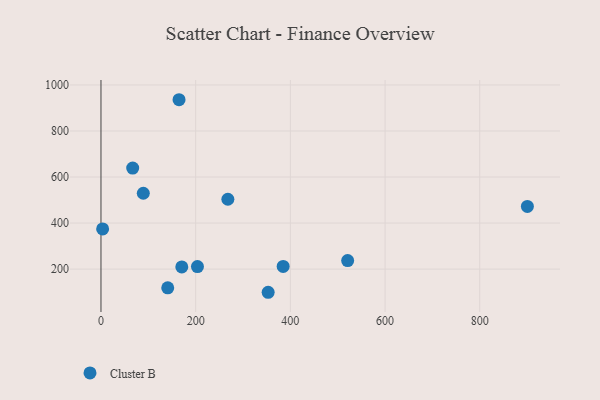
{"axis": {"x": "Ad Spend", "y": "Rating"}, "legend": ["Cluster B"], "data": [{"x": "89.4", "y": 529.6, "type": "Cluster B"}, {"x": "164.9", "y": 935.8, "type": "Cluster B"}, {"x": "384.8", "y": 211.9, "type": "Cluster B"}, {"x": "141.0", "y": 118.8, "type": "Cluster B"}, {"x": "170.7", "y": 209.6, "type": "Cluster B"}, {"x": "67.0", "y": 639.0, "type": "Cluster B"}, {"x": "203.8", "y": 211.1, "type": "Cluster B"}, {"x": "900.6", "y": 472.3, "type": "Cluster B"}, {"x": "521.0", "y": 237.3, "type": "Cluster B"}, {"x": "3.5", "y": 374.5, "type": "Cluster B"}, {"x": "353.1", "y": 99.4, "type": "Cluster B"}, {"x": "268.0", "y": 503.5, "type": "Cluster B"}]}